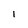
Character: l